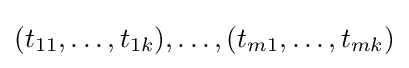
(t_{11},\dotsc ,t_{1k}),\dotsc ,(t_{m1},\dotsc ,t_{mk})